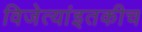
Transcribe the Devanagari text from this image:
विजेत्यांइतकीच